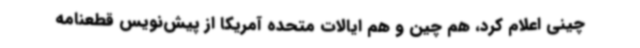
چینی اعلام کرد، هم چین و هم ایالات متحده آمریکا از پیش‌نویس قطعنامه